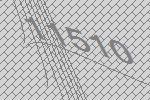
11510